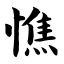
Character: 憔